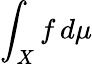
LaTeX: \int_{X}f\, d\mu